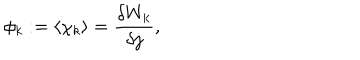
LaTeX: \phi _ { k } : = \langle \chi _ { k } \rangle = \frac { \delta W _ { k } } { \delta j } ,